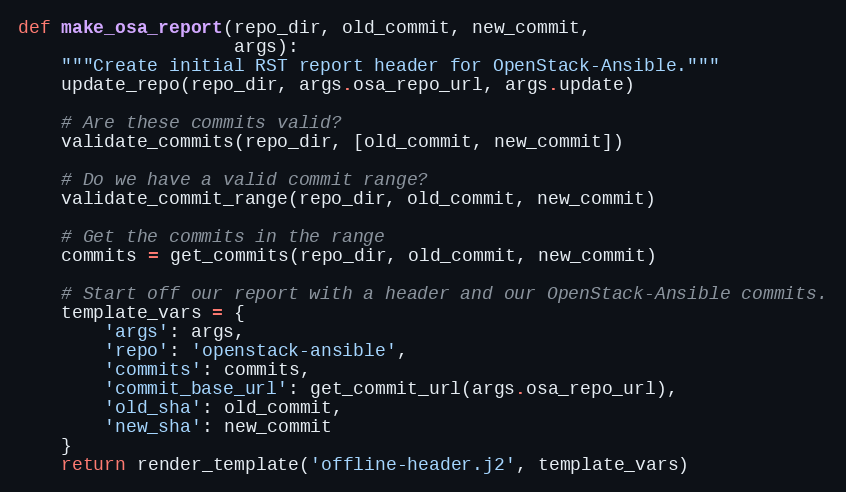
Language: Python
def make_osa_report(repo_dir, old_commit, new_commit,
                    args):
    """Create initial RST report header for OpenStack-Ansible."""
    update_repo(repo_dir, args.osa_repo_url, args.update)

    # Are these commits valid?
    validate_commits(repo_dir, [old_commit, new_commit])

    # Do we have a valid commit range?
    validate_commit_range(repo_dir, old_commit, new_commit)

    # Get the commits in the range
    commits = get_commits(repo_dir, old_commit, new_commit)

    # Start off our report with a header and our OpenStack-Ansible commits.
    template_vars = {
        'args': args,
        'repo': 'openstack-ansible',
        'commits': commits,
        'commit_base_url': get_commit_url(args.osa_repo_url),
        'old_sha': old_commit,
        'new_sha': new_commit
    }
    return render_template('offline-header.j2', template_vars)